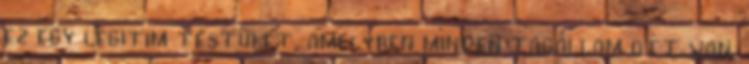
ez egy legitim testület, amelyben minden tagállam ott van,